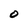
Character: O